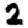
Digit: 2